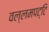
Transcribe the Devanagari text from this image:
वल्लमपट्टि